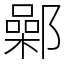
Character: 鄵